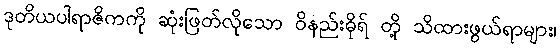
ဒုတိယပါရာဇိကကို ဆုံးဖြတ်လိုသော ဝိနည်းဓိုရ် တို့ သိထားဖွယ်ရာများ၊